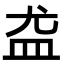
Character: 𪾊